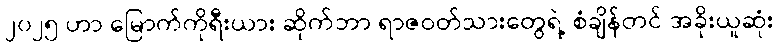
၂၀၂၅ ဟာ မြောက်ကိုရီးယား ဆိုက်ဘာ ရာဇဝတ်သားတွေရဲ့ စံချိန်တင် အခိုးယူဆုံး